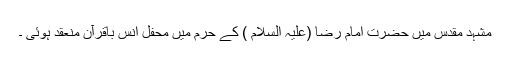
مشہد مقدس میں حضرت امام رضا (علیہ السلام ) کے حرم میں محفل انس باقرآن منعقد ہوئی ۔